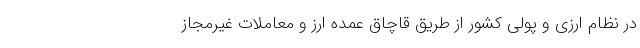
در نظام ارزی و پولی کشور از طریق قاچاق عمده ارز و معاملات غیرمجاز